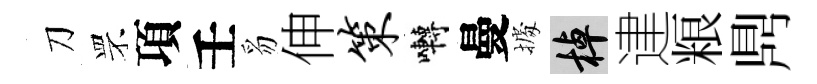
刀罘項壬豸伸策囀曼𢴃棹䢖粮𪔂